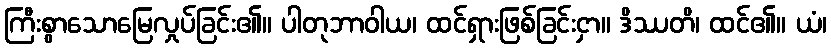
ကြီးစွာသောမြေလှုပ်ခြင်း၏။ ပါတုဘာဝါယ၊ ထင်ရှားဖြစ်ခြင်းငှာ။ ဒိဿတိ၊ ထင်၏။ ယံ၊